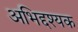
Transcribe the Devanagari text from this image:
अभिद्दश्यक